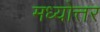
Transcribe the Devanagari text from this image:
मध्योत्तर